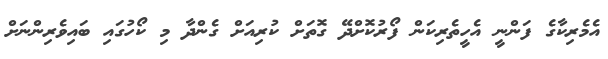
އެމެރިކާގެ ފަންނީ އެހީތެރިކަން ފޯރުކޮށްދޭ ގޮތަށް ކުރިއަށް ގެންދާ މި ކޯހުގައި ބައިވެރިންނަށް